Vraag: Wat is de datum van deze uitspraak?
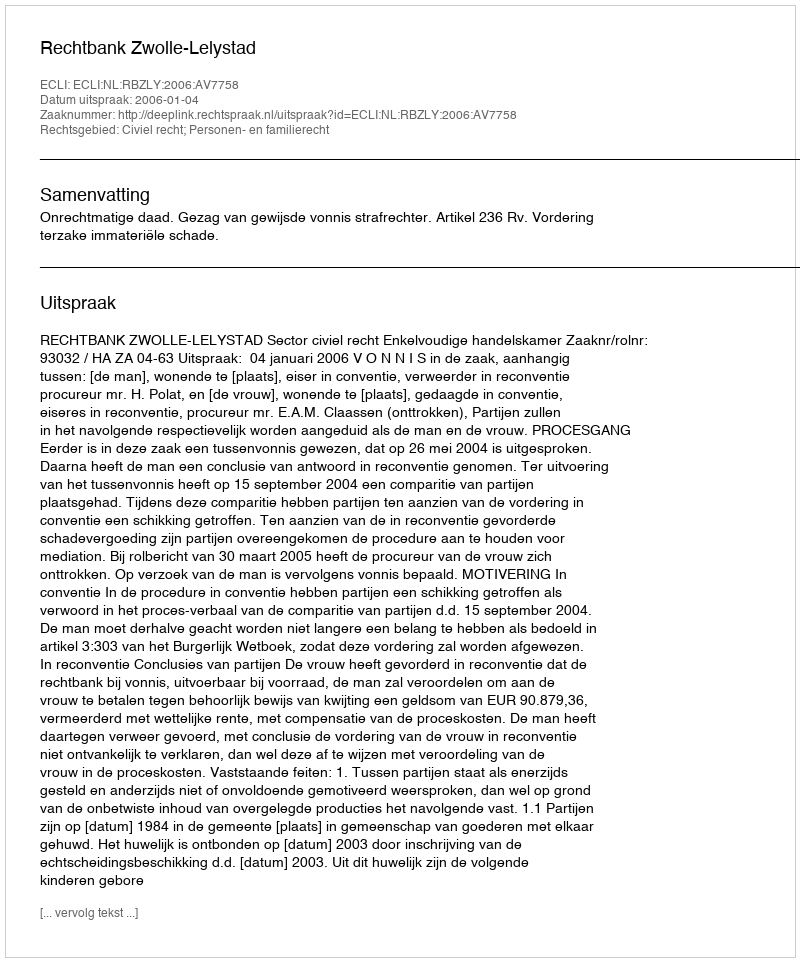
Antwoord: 2006-01-04